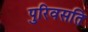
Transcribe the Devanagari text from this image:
पुरिवसति